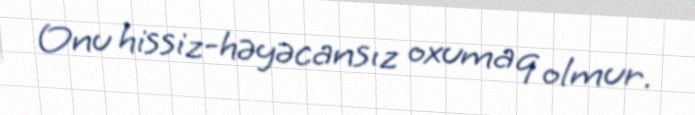
Onu hissiz-həyəcansız oxumaq olmur.